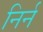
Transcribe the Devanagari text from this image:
निर्न